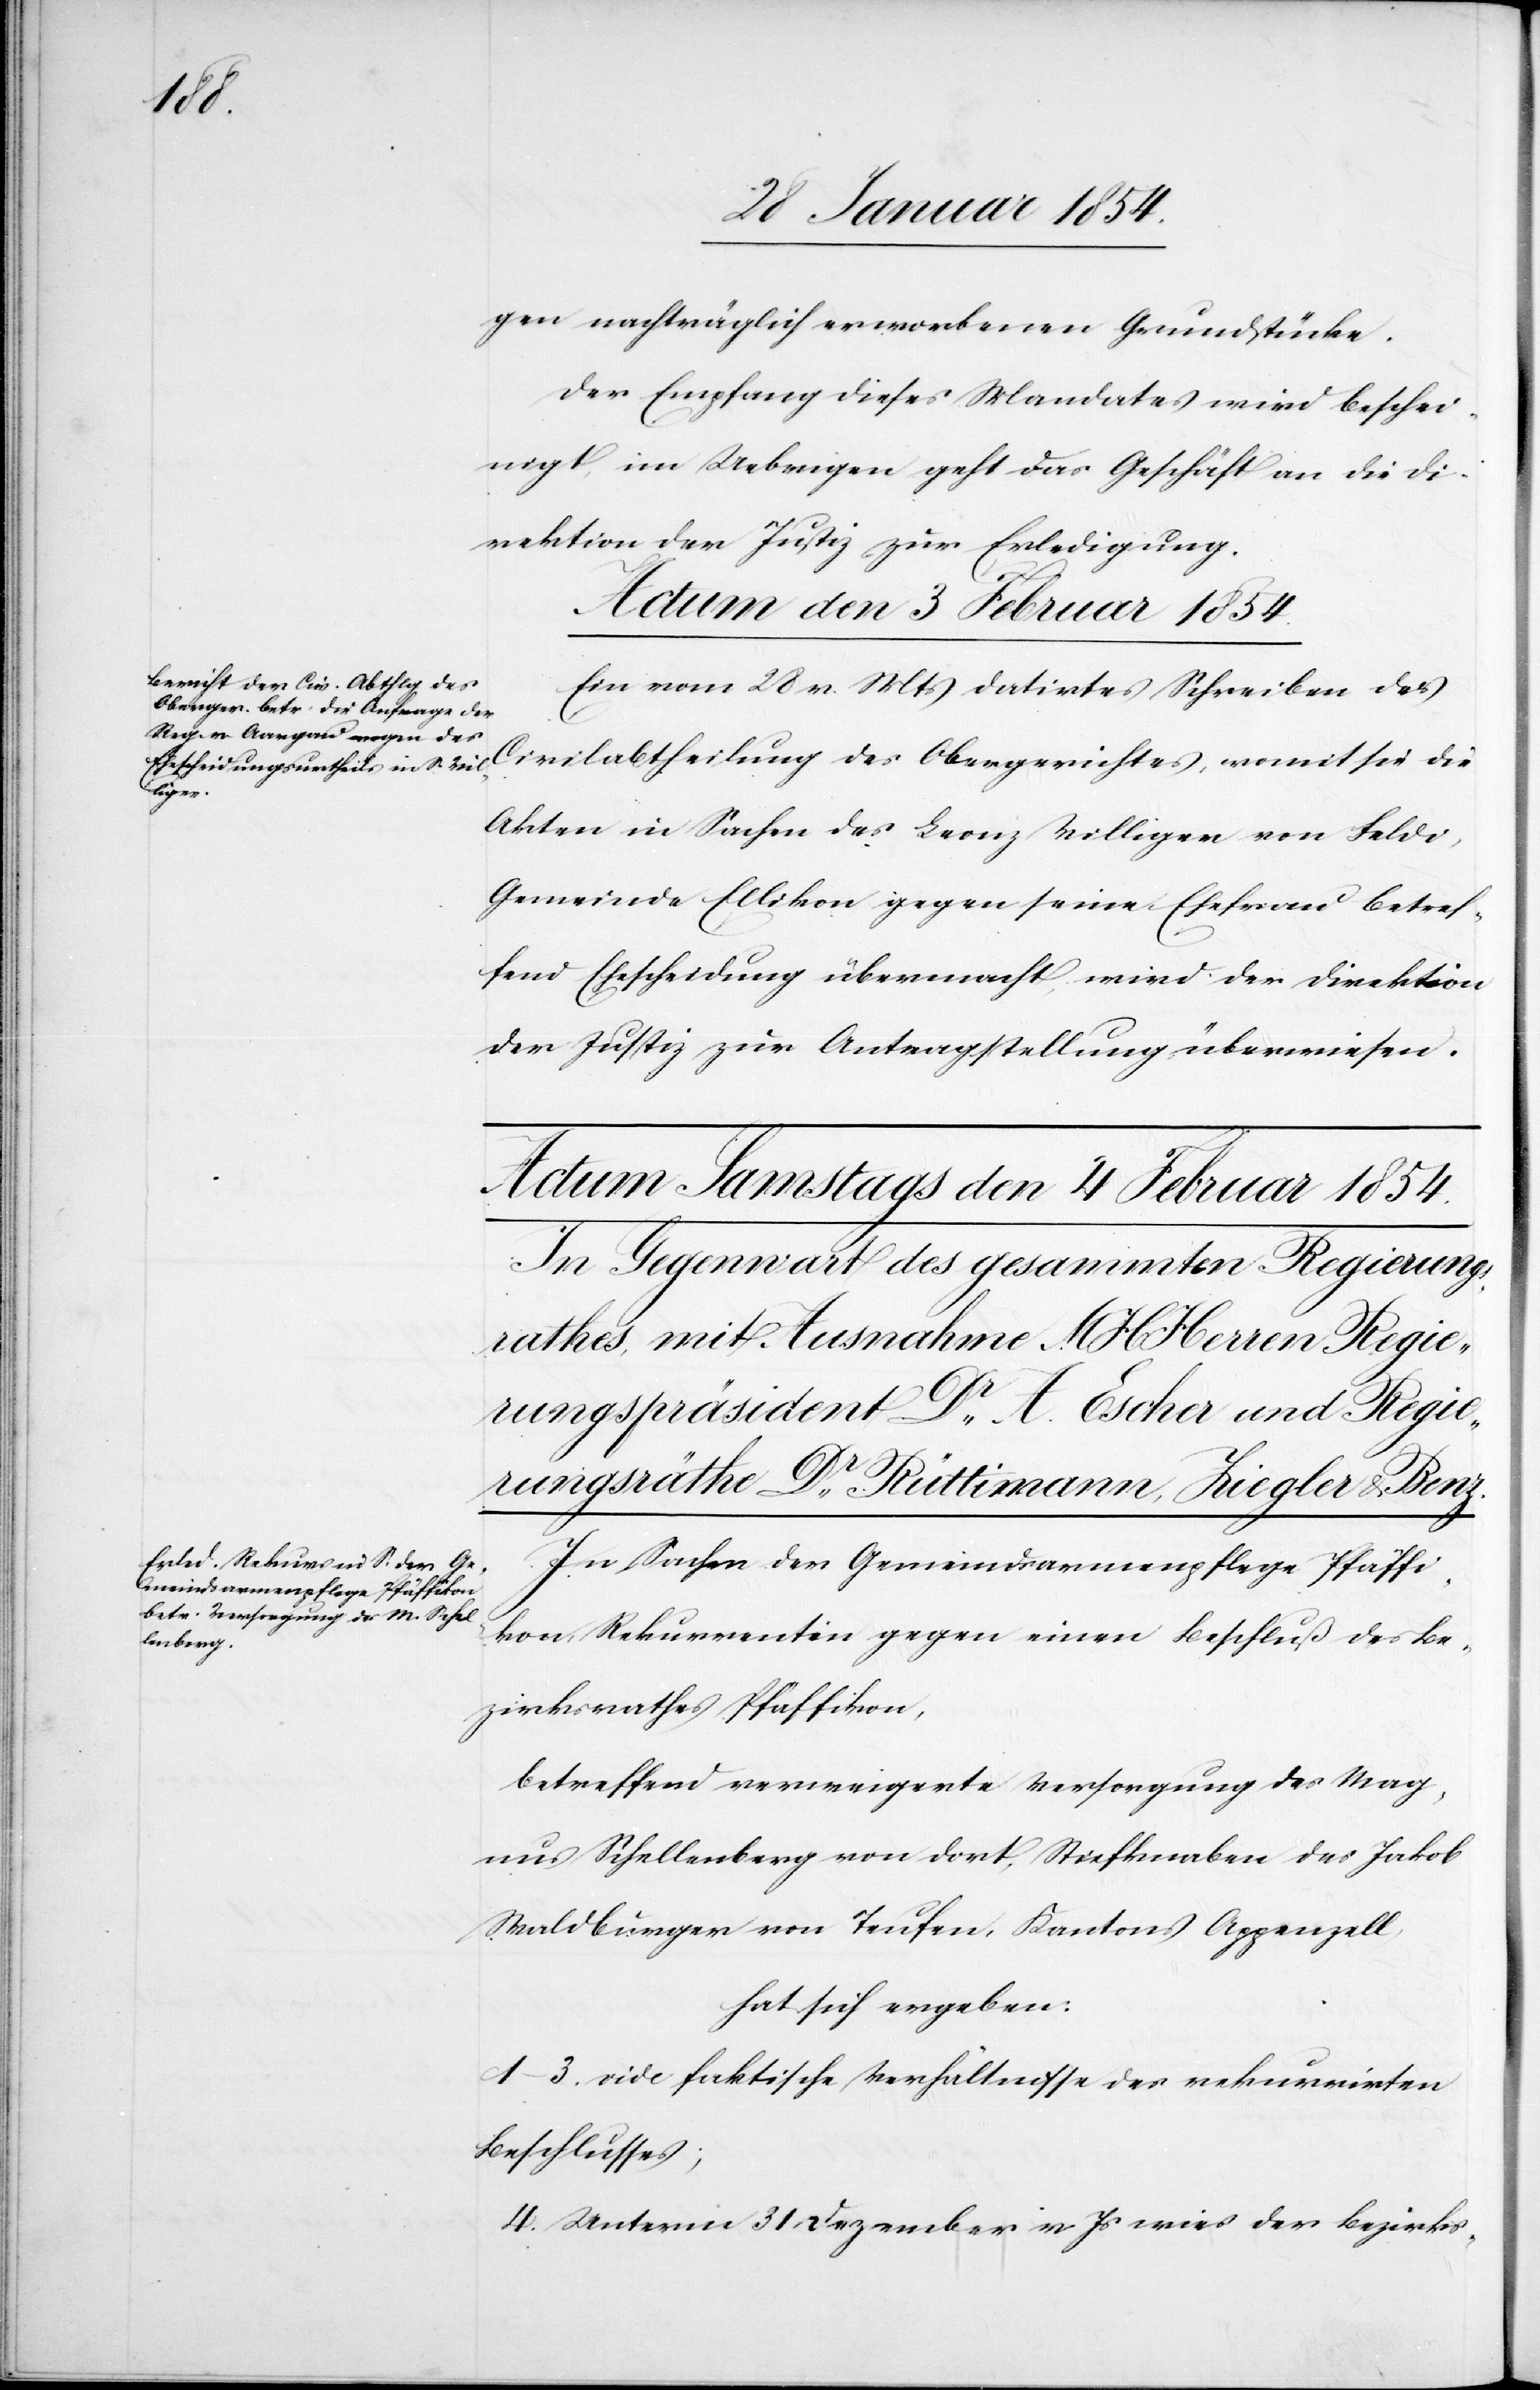
gen nachträglich erworbenen Grundstücke.
Der Empfang dieses Mandates wird beschei¬
nigt, im Uebrigen geht das Geschäft an die Di¬
rektion der Justiz zur Erledigung.
Actum den 3 Februar 1854.
Ein vom 28 v. Mts datirtes Schreiben des
Civilabtheilung des Obergerichtes, womit sie die
Akten in Sachen des Leonz Villiger von Feldi,
Gemeinde Ellikon gegen seine Ehefrau betref¬
fend Ehescheidung übermacht, wird der Direktion
der Justiz zur Antragstellung überwiesen.
In Sachen der Gemeindsarmenpflege Pfäffi¬
kon, Rekurrentin gegen einen Beschluß des Be¬
zirksrathes Pfäffikon,
betreffend verweigerte Versorgung des Mag¬
nus Schellenberg von dort, Stiefknaben des Jakob
Waldbürger von Teufen, Kantons Appenzell,
hat sich ergeben:
1–3. vide faktische Verhältnisse des rekurrirten
Beschlusses;
4. Unterm 31 Dezember v. Js wies der Bezirks-